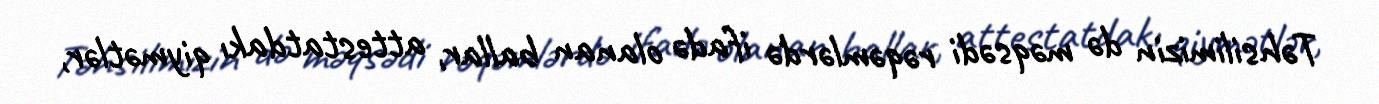
Təhsilimizin də məqsədi rəqəmlərdə ifadə olanan ballar, attestatdakı qiymətlər,